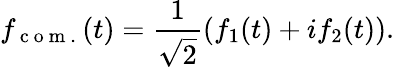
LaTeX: f_{\mathrm{~c~o~m~.~}}(t)=\frac{1}{\sqrt{2}}(f_{1}(t)+if_{2}(t)).